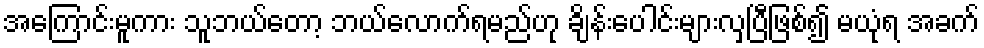
အကြောင်းမူကား သူဘယ်တော့ ဘယ်လောက်ရမည်ဟု ချိန်းပေါင်းများလှပြီဖြစ်၍ မယုံရ အခက်